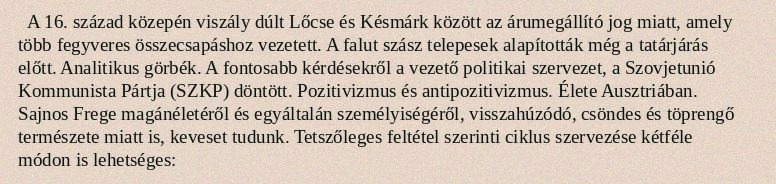
A 16. század közepén viszály dúlt Lőcse és Késmárk között az árumegállító jog miatt, amely több fegyveres összecsapáshoz vezetett. A falut szász telepesek alapították még a tatárjárás előtt. Analitikus görbék. A fontosabb kérdésekről a vezető politikai szervezet, a Szovjetunió Kommunista Pártja (SZKP) döntött. Pozitivizmus és antipozitivizmus. Élete Ausztriában. Sajnos Frege magánéletéről és egyáltalán személyiségéről, visszahúzódó, csöndes és töprengő természete miatt is, keveset tudunk. Tetszőleges feltétel szerinti ciklus szervezése kétféle módon is lehetséges: